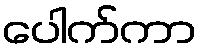
ပေါက်ကာ